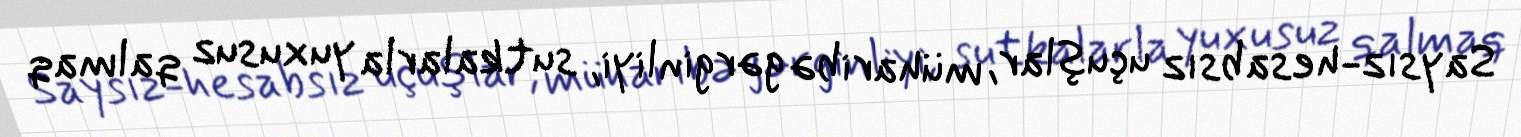
Saysız-hesabsız uçuşlar, müharibə gərginliyi, sutkalarla yuxusuz qalmaq